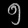
Digit: ၅